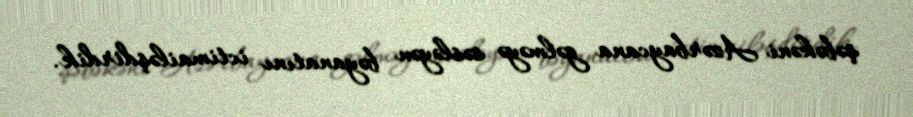
şəbəkəni Azərbaycana gəlməyə səsləyən bəyanatını ictimailəşdirdik.